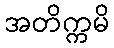
အတိက္ကမိ